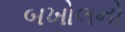
બખોલનો